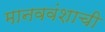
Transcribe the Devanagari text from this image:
मानववंशाची